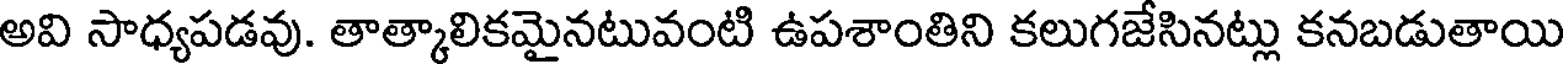
అవి సాధ్యపడవు. తాత్కాలికమైనటువంటి ఉపశాంతిని కలుగజేసినట్లు కనబడుతాయి